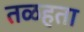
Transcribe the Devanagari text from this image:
तळहता